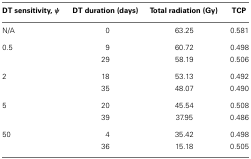
| DT sensitivity, ψ | DT duration (days) | Total radiation (Gy) | TCP |
 | --- | --- | --- | --- |
 | N/A | 0 | 63.25 | 0.581 |
 | 0.5 | 9 | 60.72 | 0.498 |
 |  | 29 | 58.19 | 0.506 |
 | 2 | 18 | 53.13 | 0.492 |
 |  | 35 | 48.07 | 0.490 |
 | 5 | 20 | 45.54 | 0.508 |
 |  | 39 | 37.95 | 0.486 |
 | 50 | 4 | 35.42 | 0.498 |
 |  | 36 | 15.18 | 0.505 |